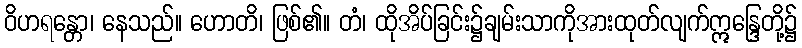
ဝိဟရန္တော၊ နေသည်။ ဟောတိ၊ ဖြစ်၏။ တံ၊ ထိုအိပ်ခြင်း၌ချမ်းသာကိုအားထုတ်လျက်ဣန္ဒြေတို့၌